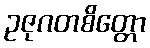
ဥဇုဂတစိတ္တော